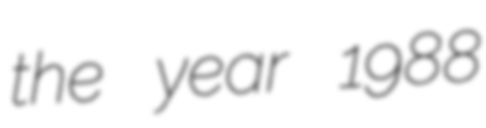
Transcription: the year 1988